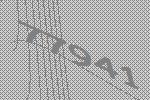
77941